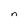
Character: n